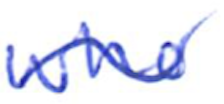
Text: who
Cross-out: wave
Writing tool: ballpoint